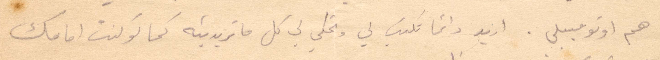
هم اوتومبيل. اريد دائمًا تكتب لي وتحكي لي كل ما تريدينه كما لو كنت امامك